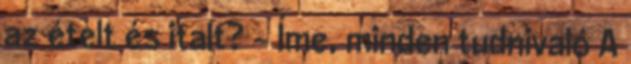
az ételt és italt? - Íme, minden tudnivaló A